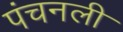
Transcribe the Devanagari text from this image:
पंचनली